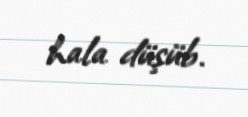
hala düşüb.